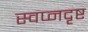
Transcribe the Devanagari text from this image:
स्वप्नदृष्ट